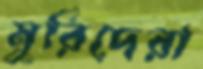
মুরিদেরা